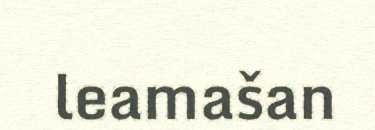
leamašan